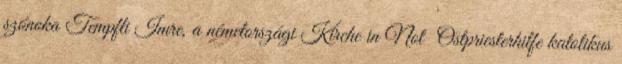
szónoka Tempfli Imre, a németországi Kirche in Not Ostpriesterhilfe katolikus